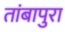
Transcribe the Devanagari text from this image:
तांबापुरा